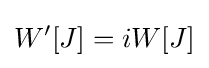
W'[J]=iW[J]